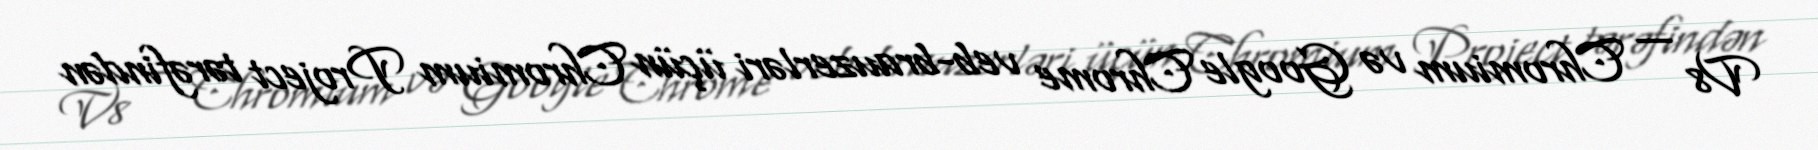
V8 — Chromium və Google Chrome veb-brauzerləri üçün Chromium Project tərəfindən